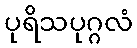
ပုရိသပုဂ္ဂလံ